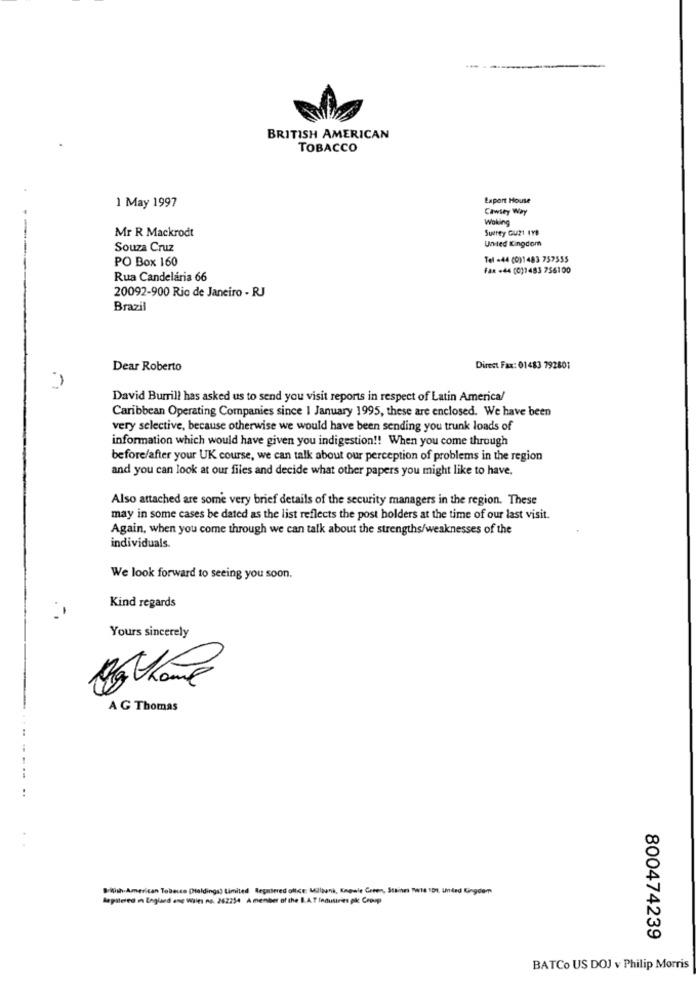
BRITISH AMERICAN
TOBACCO
1 May 1997
Export House
Cawity Way
Woking
Mr R Mackrodt
Surrey GU21 IYB
United Kingdom
Souza Cruz
PO Box 160
Tel +44 (0)1483 757555
-----
Fax +44 (0)1483 756100
Rua Candelária 66
20092-900 Rio de Janeiro - RJ
Brazil
Dear Roberto
Direct Fax: 01483 792801
David Burrill has asked us to send you visit reports in respect of Latin America/
Caribbean Operating Companies since I January 1995, these are enclosed. We have been
very selective, because otherwise we would have been sending you trunk loads of
information which would have given you indigestion !! When you come through
before/after your UK course, we can talk about our perception of problems in the region
and you can look at our files and decide what other papers you might like to have,
Also attached are some very brief details of the security managers in the region. These
may in some cases be dated as the list reflects the post holders at the time of our last visit.
Again, when you come through we can talk about the strengths/weaknesses of the
individuals.
We look forward to seeing you soon.
Kind regards
Yours sincerely
A G Thomas
British American Tobacco Dialdings) Limited Regniered oflce: Milliunk, Kapale Green, Stainn Tite 101, Unded Kingdom
Aepilered in England ang Wiles no. 262254 A member of the I.A.T Industries pk Crop
800474239
BATCo US DOJ v Philip Morris